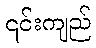
၎င်းကျည်